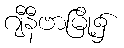
ဂျီနီဗာမြို့၌